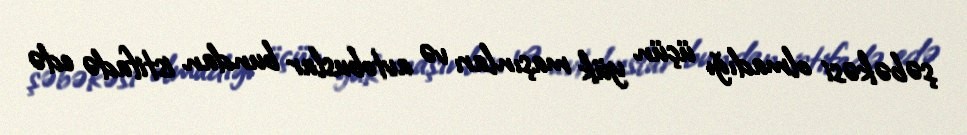
şəbəkəsi olmadığı üçün yük maşınları və avtobuslar bundan istifadə edə